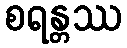
စရန္တဿ